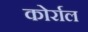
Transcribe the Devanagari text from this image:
कोर्राल